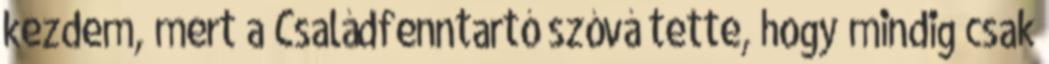
kezdem, mert a Családfenntartó szóvá tette, hogy mindig csak